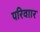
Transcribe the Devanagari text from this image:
परिवाार